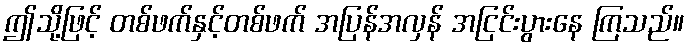
ဤသို့ဖြင့် တစ်ဖက်နှင့်တစ်ဖက် အပြန်အလှန် အငြင်းပွားနေ ကြသည်။